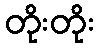
တိုးတိုး